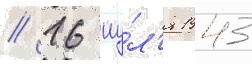
// 16 иу́л'я 1943